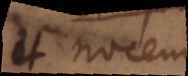
et nocendi